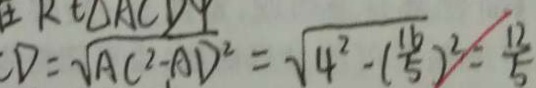
C D = \sqrt { A C ^ { 2 } - A D ^ { 2 } } = \sqrt { 4 ^ { 2 } - ( \frac { 1 6 } { 5 } ) ^ { 2 } } = \frac { 1 2 } { 5 }